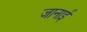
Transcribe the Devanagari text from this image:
जानाई